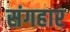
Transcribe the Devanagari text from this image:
संगहार